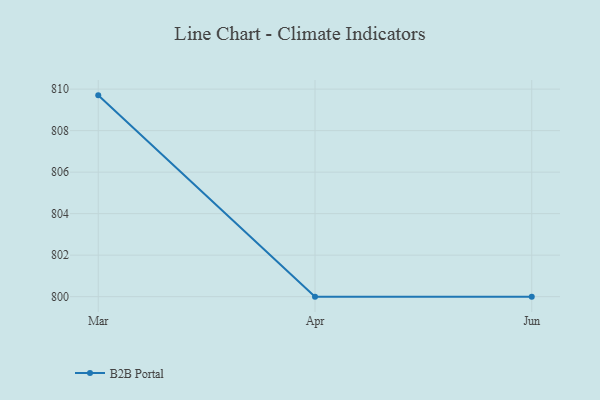
{"axis": {"x": "Month", "y": "Demand Index"}, "legend": ["B2B Portal"], "data": [{"x": "Mar", "y": 809.7, "type": "B2B Portal"}, {"x": "Apr", "y": 800, "type": "B2B Portal"}, {"x": "Jun", "y": 800, "type": "B2B Portal"}]}